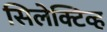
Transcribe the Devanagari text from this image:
सिलेक्टिव्ह